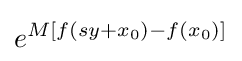
e^{M[f(sy+x_{0})-f(x_{0})]}